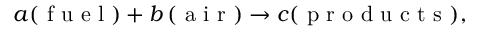
\begin{array} { r } { { a } ( \mathrm { ~ f ~ u ~ e ~ l ~ } ) + { b } \left( \mathrm { ~ a ~ i ~ r ~ } \right) \rightarrow { c } ( \mathrm { ~ p ~ r ~ o ~ d ~ u ~ c ~ t ~ s ~ } ) , } \end{array}